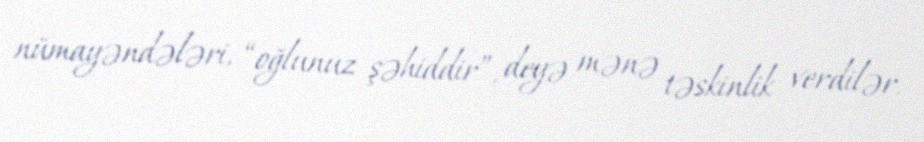
nümayəndələri, “oğlunuz şəhiddir”, deyə mənə təskinlik verdilər.